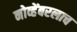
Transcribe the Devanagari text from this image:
नोव्हेंबरलाच